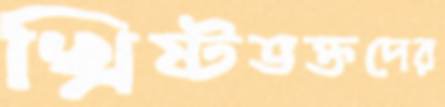
খ্রিষ্টভক্তদের